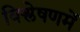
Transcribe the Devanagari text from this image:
विश्लेषणमें